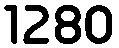
1280